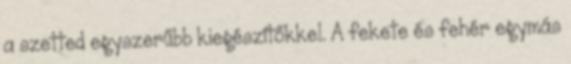
a szetted egyszerűbb kiegészítőkkel. A fekete és fehér egymás